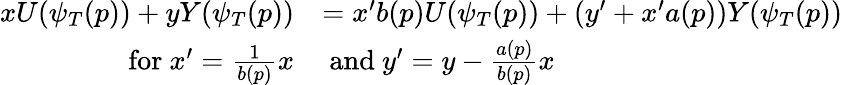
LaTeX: \begin{array}{rl}{xU(\psi_{T}(p))+yY(\psi_{T}(p))}&{=x^{\prime}b(p)U(\psi_{T}(p))+(y^{\prime}+x^{\prime}a(p))Y(\psi_{T}(p))}\\ {\mathrm{for~}x^{\prime}=\frac{1}{b(p)}x}&{\mathrm{~and~}y^{\prime}=y-\frac{a(p)}{b(p)}x}\end{array}